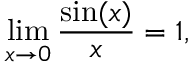
\operatorname* { l i m } _ { x \to 0 } { \frac { \sin ( x ) } { x } } = 1 , \qquad